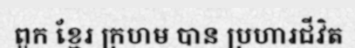
ពួក ខ្មែរ ក្រហម បាន ប្រហារជីវិត